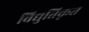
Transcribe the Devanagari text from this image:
विद्युतिकृत